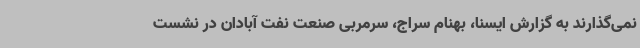
نمی‌گذارند به گزارش ایسنا، بهنام سراج، سرمربی صنعت نفت آبادان در نشست